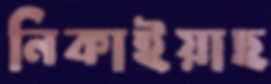
নিকাইয়াছ